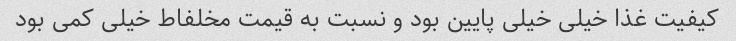
کیفیت غذا خیلی خیلی پایین بود و نسبت به قیمت مخلفاط خیلی کمی بود